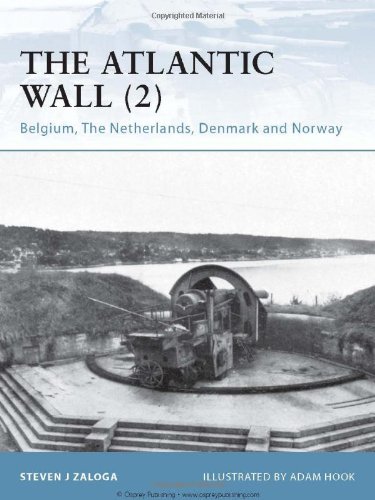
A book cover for The Atlantic Wall (2): Belgium, The Netherlands, Denmark and Norway (Fortress); Steven J. Zaloga; History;